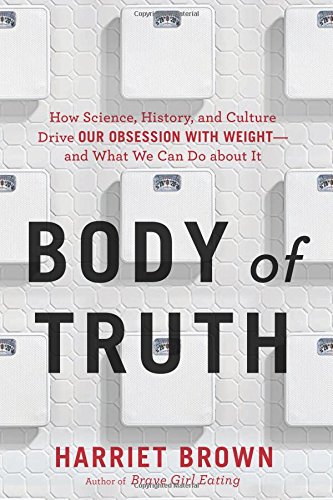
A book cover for Body of Truth: How Science, History, and Culture Drive Our Obsession with Weight--and What We Can Do about It; Harriet Brown; Self-Help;